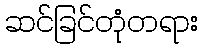
ဆင်ခြင်တုံတရား